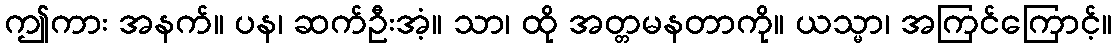
ဤကား အနက်။ ပန၊ ဆက်ဦးအံ့။ သာ၊ ထို အတ္တမနတာကို။ ယသ္မာ၊ အကြင်ကြောင့်။